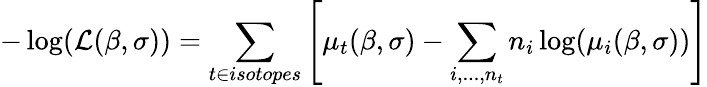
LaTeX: -\log(\mathcal{L}(\beta,\sigma))=\sum_{t\in isotopes}\left[\mu_{t}(\beta,\sigma)-\sum_{i,...,n_{t}}n_{i}\log(\mu_{i}(\beta,\sigma))\right]